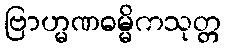
ဗြာဟ္မဏဓမ္မိကသုတ္တ